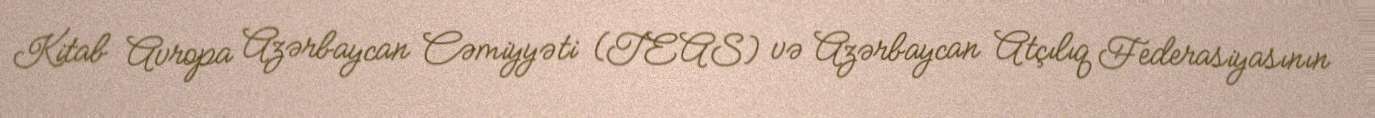
Kitab Avropa Azərbaycan Cəmiyyəti (TEAS) və Azərbaycan Atçılıq Federasiyasının